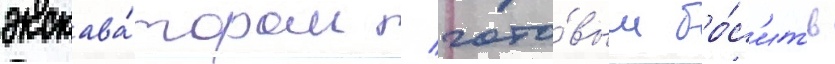
экскава́тором / гото́вым бро́с'ить